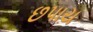
છપાય